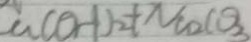
C a ( O H ) _ { 2 } + N a C O _ { 3 }